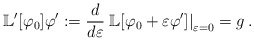
\begin{align*}\mathbb{L}^\prime[\varphi_0]\varphi^\prime:=\frac{d}{d\varepsilon}\left.\mathbb L[\varphi_0+\varepsilon\varphi^\prime]\right\vert_{\varepsilon=0}=g\,.\end{align*}